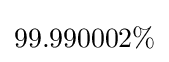
99.990002\%